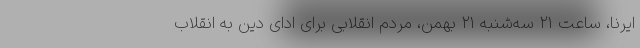
ایرنا، ساعت ۲۱ سه‌شنبه ۲۱ بهمن، مردم انقلابی برای ادای دین به انقلاب